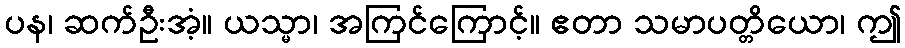
ပန၊ ဆက်ဦးအံ့။ ယသ္မာ၊ အကြင်ကြောင့်။ ဧတာ သမာပတ္တိယော၊ ဤ